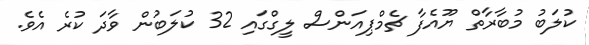
ކުލަބު މުބާރާތް ޔޫއެފާ ޗެމްޕިއަންސް ލީގްގައި 32 ކުލަބުން ވާދަ ކުރެ އެވެ.